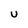
Character: U